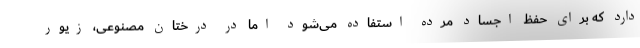
دارد که برای حفظ اجساد مرده استفاده می‌شود اما در درختان مصنوعی، زیور